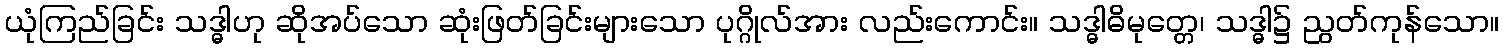
ယုံကြည်ခြင်း သဒ္ဓါဟု ဆိုအပ်သော ဆုံးဖြတ်ခြင်းများသော ပုဂ္ဂိုလ်အား လည်းကောင်း။ သဒ္ဓါဓိမုတ္တေ၊ သဒ္ဓါ၌ ညွတ်ကုန်သော။